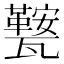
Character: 𭺧